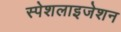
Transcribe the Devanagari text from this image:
स्पेशलाइजेशन